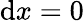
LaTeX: \mathrm{d}x=0